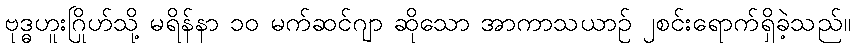
ဗုဒ္ဓဟူးဂြိုဟ်သို့ မရိန်နာ ၁၀ မက်ဆင်ဂျာ ဆိုသော အာကာသယာဉ် ၂စင်းရောက်ရှိခဲ့သည်။